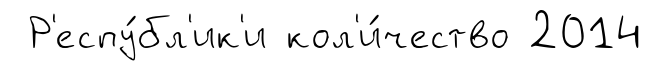
Р'еспу́бл'ик'и кол'и́чество 2014